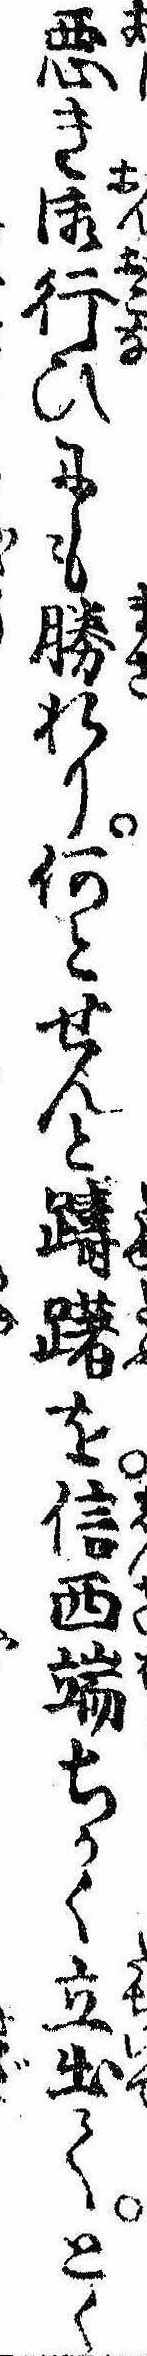
悪き御行ひにも勝れり何とせんと躊躇を信西端ちかく立出てとく